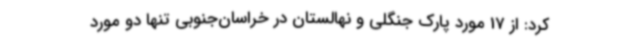
کرد: از 17 مورد پارک جنگلی و نهالستان در خراسان‌جنوبی تنها دو مورد